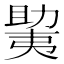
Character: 𫯲